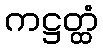
ကဋ္ဌတ္ထံ